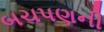
બચપણની